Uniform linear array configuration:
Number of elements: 12
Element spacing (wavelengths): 0.25
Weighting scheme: binomial
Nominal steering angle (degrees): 0
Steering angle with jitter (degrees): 0.9398
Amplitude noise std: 0.05
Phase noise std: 0.05

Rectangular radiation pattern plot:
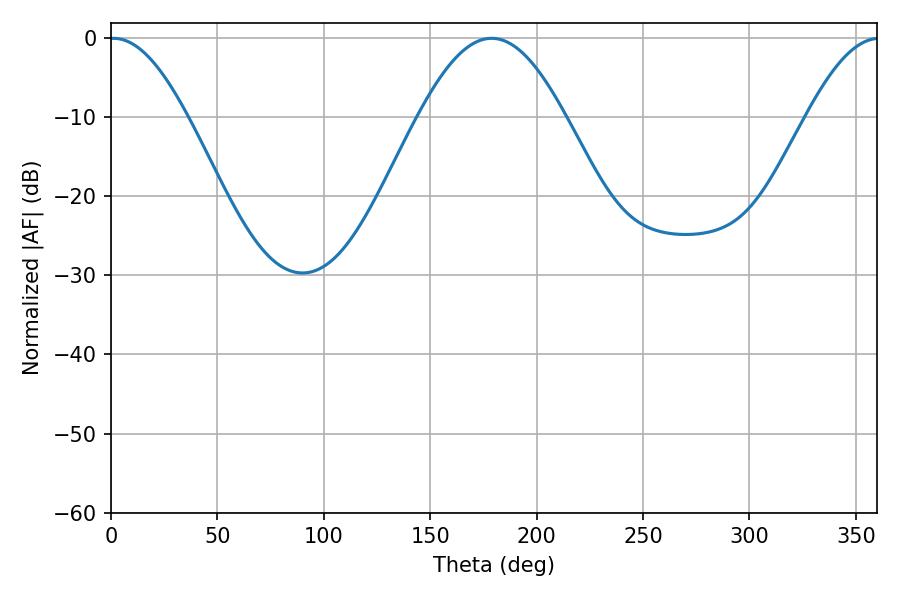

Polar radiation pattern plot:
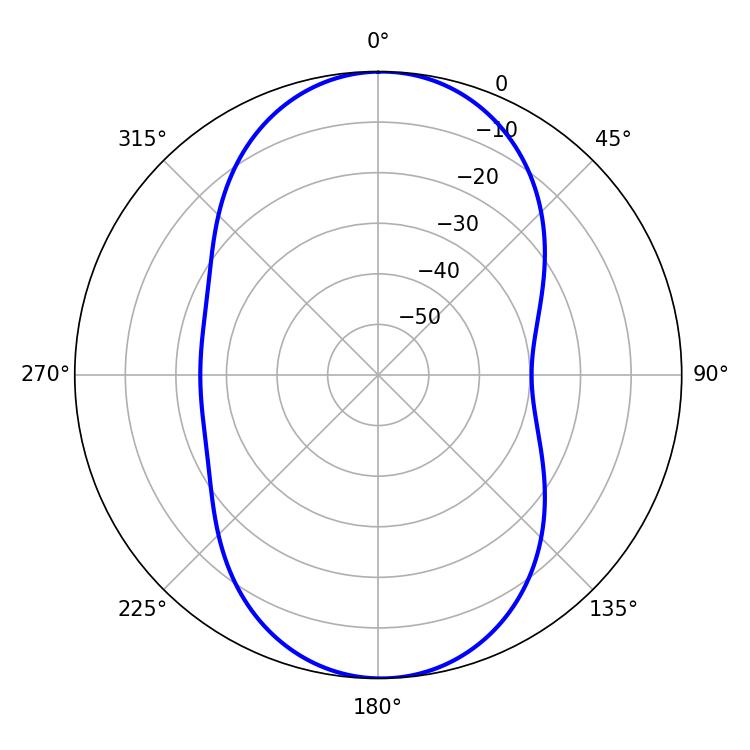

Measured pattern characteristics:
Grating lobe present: FALSE
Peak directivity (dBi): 19.286
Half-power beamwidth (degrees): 19.8
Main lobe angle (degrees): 1.08